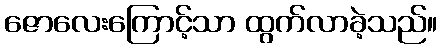
ဇောလေးကြောင့်သာ ထွက်လာခဲ့သည်။